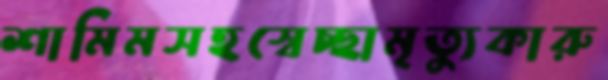
শামিমসহস্বেচ্ছামৃত্যুকারু